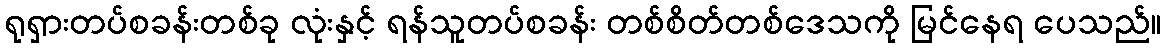
ရုရှားတပ်စခန်းတစ်ခု လုံးနှင့် ရန်သူတပ်စခန်း တစ်စိတ်တစ်ဒေသကို မြင်နေရ ပေသည်။